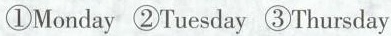
①Monday ②Tuesday ③Thursday